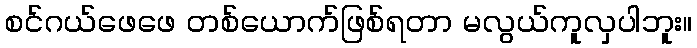
စင်ဂယ်ဖေဖေ တစ်ယောက်ဖြစ်ရတာ မလွယ်ကူလှပါဘူး။